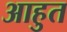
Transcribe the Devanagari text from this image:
आहुत